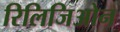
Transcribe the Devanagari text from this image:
रिलिजिओन